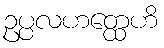
ဥပ္ပလဟတ္ထေဟိ